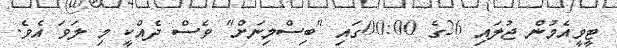
ޓީވީއެމުން ޖުލައި 26ގެ 00:00ގައި "ބިސްމިނަށް" ވެސް ދެއްކީ މި ލަވަ އެވެ.